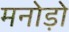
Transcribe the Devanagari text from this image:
मनोड़ो